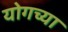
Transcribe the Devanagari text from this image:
योगच्या